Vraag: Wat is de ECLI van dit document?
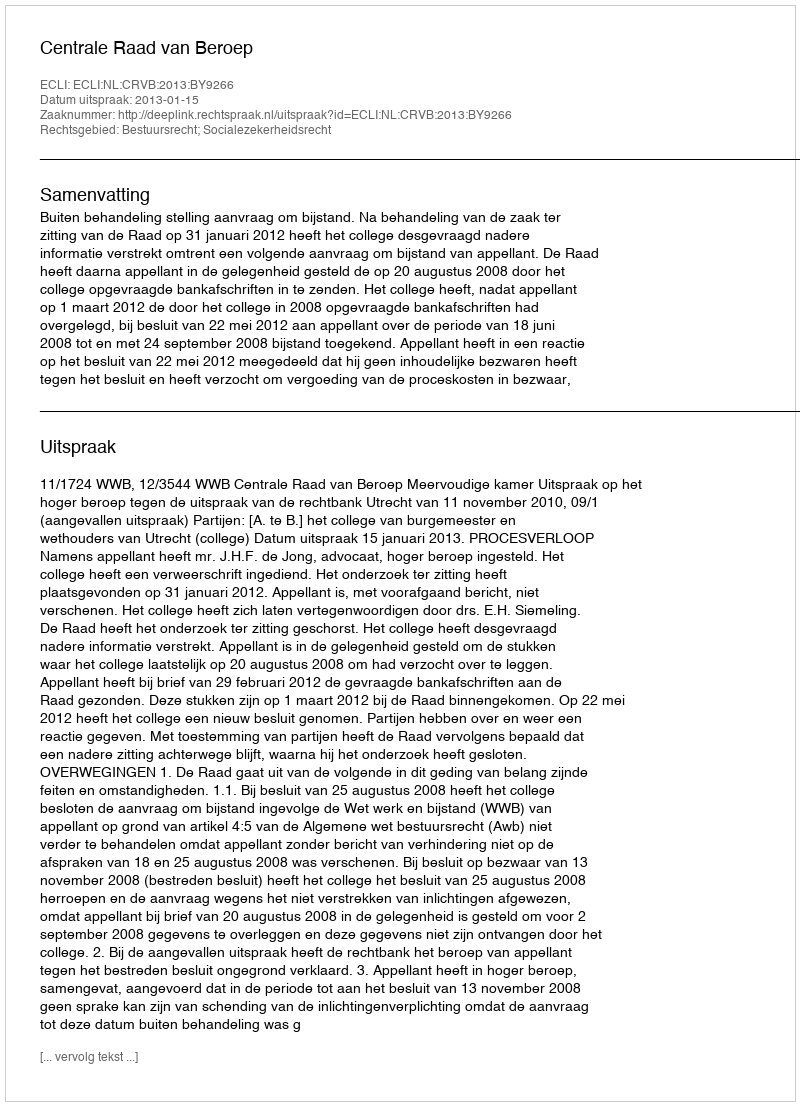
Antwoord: ECLI:NL:CRVB:2013:BY9266